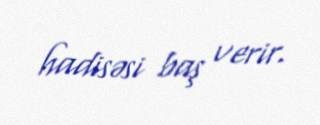
hadisəsi baş verir.